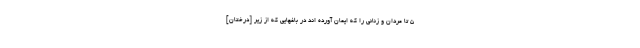
۵ تا مردان و زنانى را كه ايمان آورده اند در باغهايى كه از زير [درختان]